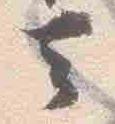
云